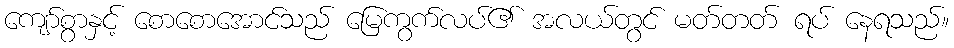
ကျော်စွာနှင့် စောစောအောင်သည် မြေကွက်လပ်၏ အလယ်တွင် မတ်တတ် ရပ် နေရသည်။